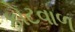
કોટવાળ